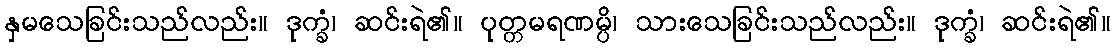
နှမသေခြင်းသည်လည်း။ ဒုက္ခံ၊ ဆင်းရဲ၏။ ပုတ္တမရဏမ္ပိ၊ သားသေခြင်းသည်လည်း။ ဒုက္ခံ၊ ဆင်းရဲ၏။